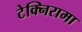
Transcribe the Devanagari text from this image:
टेक्निरामा